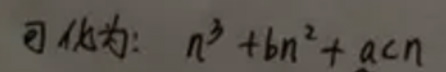
可化为: \(n^{3}+bn^{2}+acn\)